Annual administration report of the Civil Veterinary Department, Sind - 1937-1938
Year: 1937
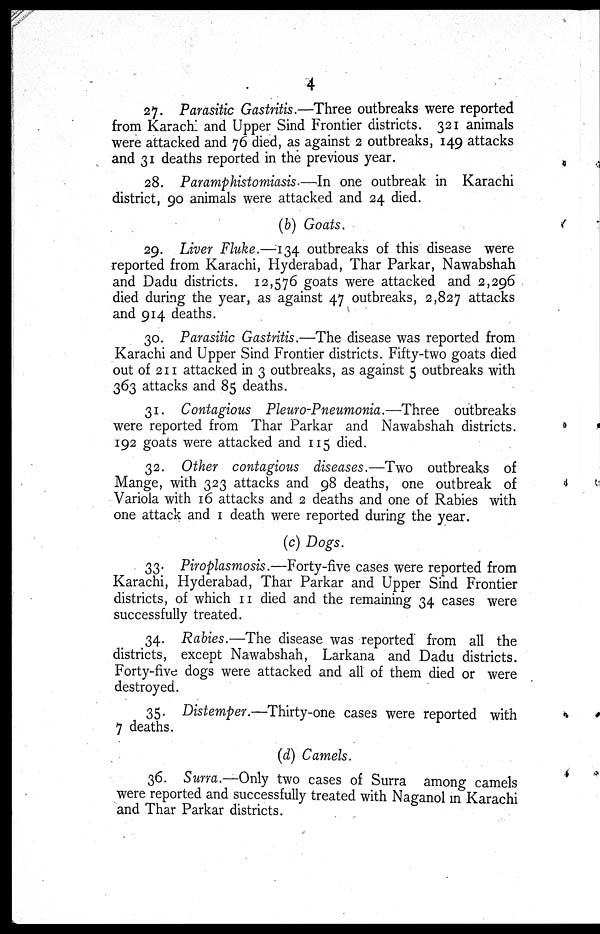
4
27. Parasitic Gastritis.—Three outbreaks were reported
from Karachi and Upper Sind Frontier districts. 321 animals
were attacked and 76 died, as against 2 outbreaks, 149 attacks
and 31 deaths reported in the previous year.
28. Paramphistomiasis.—In one outbreak in Karachi
district, 90 animals were attacked and 24 died.
(b) Goats.
29. Liver Fluke.—134 outbreaks of this disease were
reported from Karachi, Hyderabad, Thar Parkar, Nawabshah
and Dadu districts. 12,576 goats were attacked and 2,296
died during the year, as against 47 outbreaks, 2,827 attacks
and 914 deaths.
30. Parasitic Gastritis.—The disease was reported from
Karachi and Upper Sind Frontier districts. Fifty-two goats died
out of 211 attacked in 3 outbreaks, as against 5 outbreaks with
363 attacks and 85 deaths.
31. Contagious Pleuro-Pneumonia.—Three
outbreaks
were reported from Thar Parkar and Nawabshah districts.
192 goats were attacked and 115 died.
32. Other contagious diseases.—Two outbreaks of
Mange, with 323 attacks and 98 deaths, one outbreak of
Variola with 16 attacks and 2 deaths and one of Rabies with
one attack and 1 death were reported during the year.
(c) Dogs.
33. Piroplasmosis.—Forty-five cases were reported from
Karachi, Hyderabad, Thar Parkar and Upper Sind Frontier
districts, of which 11 died and the remaining 34 cases were
successfully treated.
34. Rabies.—The disease was reported from all the
districts, except Nawabshah, Larkana and Dadu districts.
Forty-five dogs were attacked and all of them died or were
destroyed.
35. Distemper.—Thirty-one cases were reported with
7 deaths.
(d) Camels.
36. Surra.—Only two cases of Surra among camels
were reported and successfully treated with Naganol in Karachi
and Thar Parkar districts.